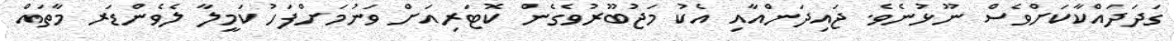
ގަދަދައްކާކަށްވެސް ނޫޅުނެވެ. ޖައިދަންއާއި އެކު މަޖުބޫރުވެގެން ކޮޓަރިއަށް ވަނުމަށްފަހު ކަމީލާ ލެވެންޑަރ މާތައް